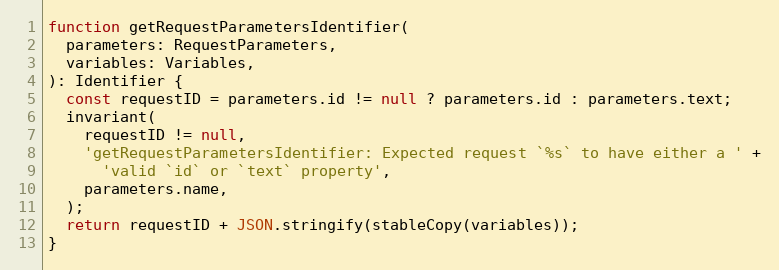
Language: JavaScript
function getRequestParametersIdentifier(
  parameters: RequestParameters,
  variables: Variables,
): Identifier {
  const requestID = parameters.id != null ? parameters.id : parameters.text;
  invariant(
    requestID != null,
    'getRequestParametersIdentifier: Expected request `%s` to have either a ' +
      'valid `id` or `text` property',
    parameters.name,
  );
  return requestID + JSON.stringify(stableCopy(variables));
}